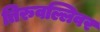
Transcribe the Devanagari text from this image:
तिरुवल्लिवर